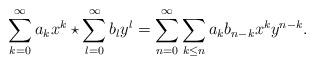
LaTeX: \begin{align*}\sum_{k=0}^{\infty}a_kx^{k}\star \sum_{l=0}^{\infty}b_ly^{l} = \sum_{n=0}^{\infty}\sum_{k\leq n}a_k b_{n-k}x^{k}y^{n-k}.\end{align*}